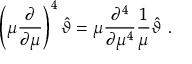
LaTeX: \left( \mu \frac { \partial } { \partial \mu } \right) ^ { 4 } \hat { \vartheta } = \mu \frac { \partial ^ { 4 } } { \partial \mu ^ { 4 } } \frac { 1 } { \mu } \hat { \vartheta } \ .